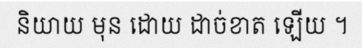
និយាយ មុន ដោយ ដាច់ខាត ឡើយ ។